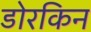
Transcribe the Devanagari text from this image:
डोरकिन